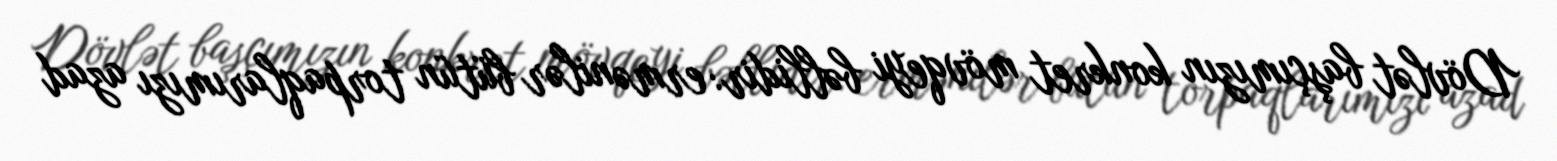
Dövlət başçımızın konkret mövqeyi bəllidir: ermənilər bütün torpaqlarımızı azad